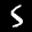
Label: 5